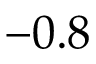
- 0 . 8